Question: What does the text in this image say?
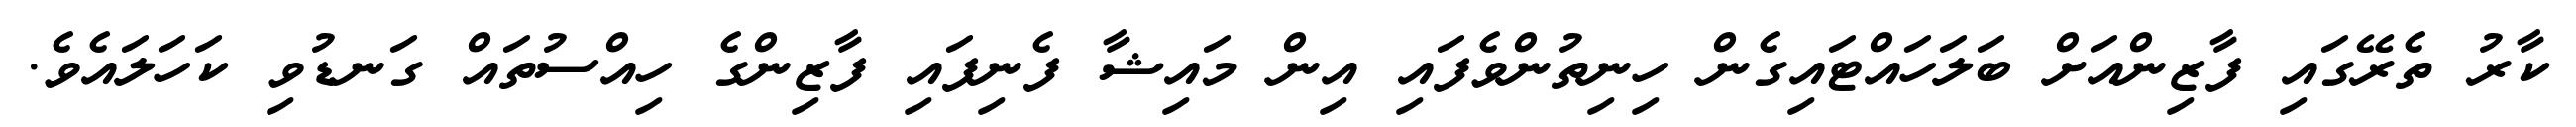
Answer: ކާރު ތެރޭގައި ފާޒިންއަށް ބަލަހައްޓައިގެން ހިނިތުންވެފައި އިން މައިޝާ ފެނިފައި ފާޒިންގެ ހިއްސުތައް ގަނޑުވި ކަހަލައެވެ.